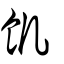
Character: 飢